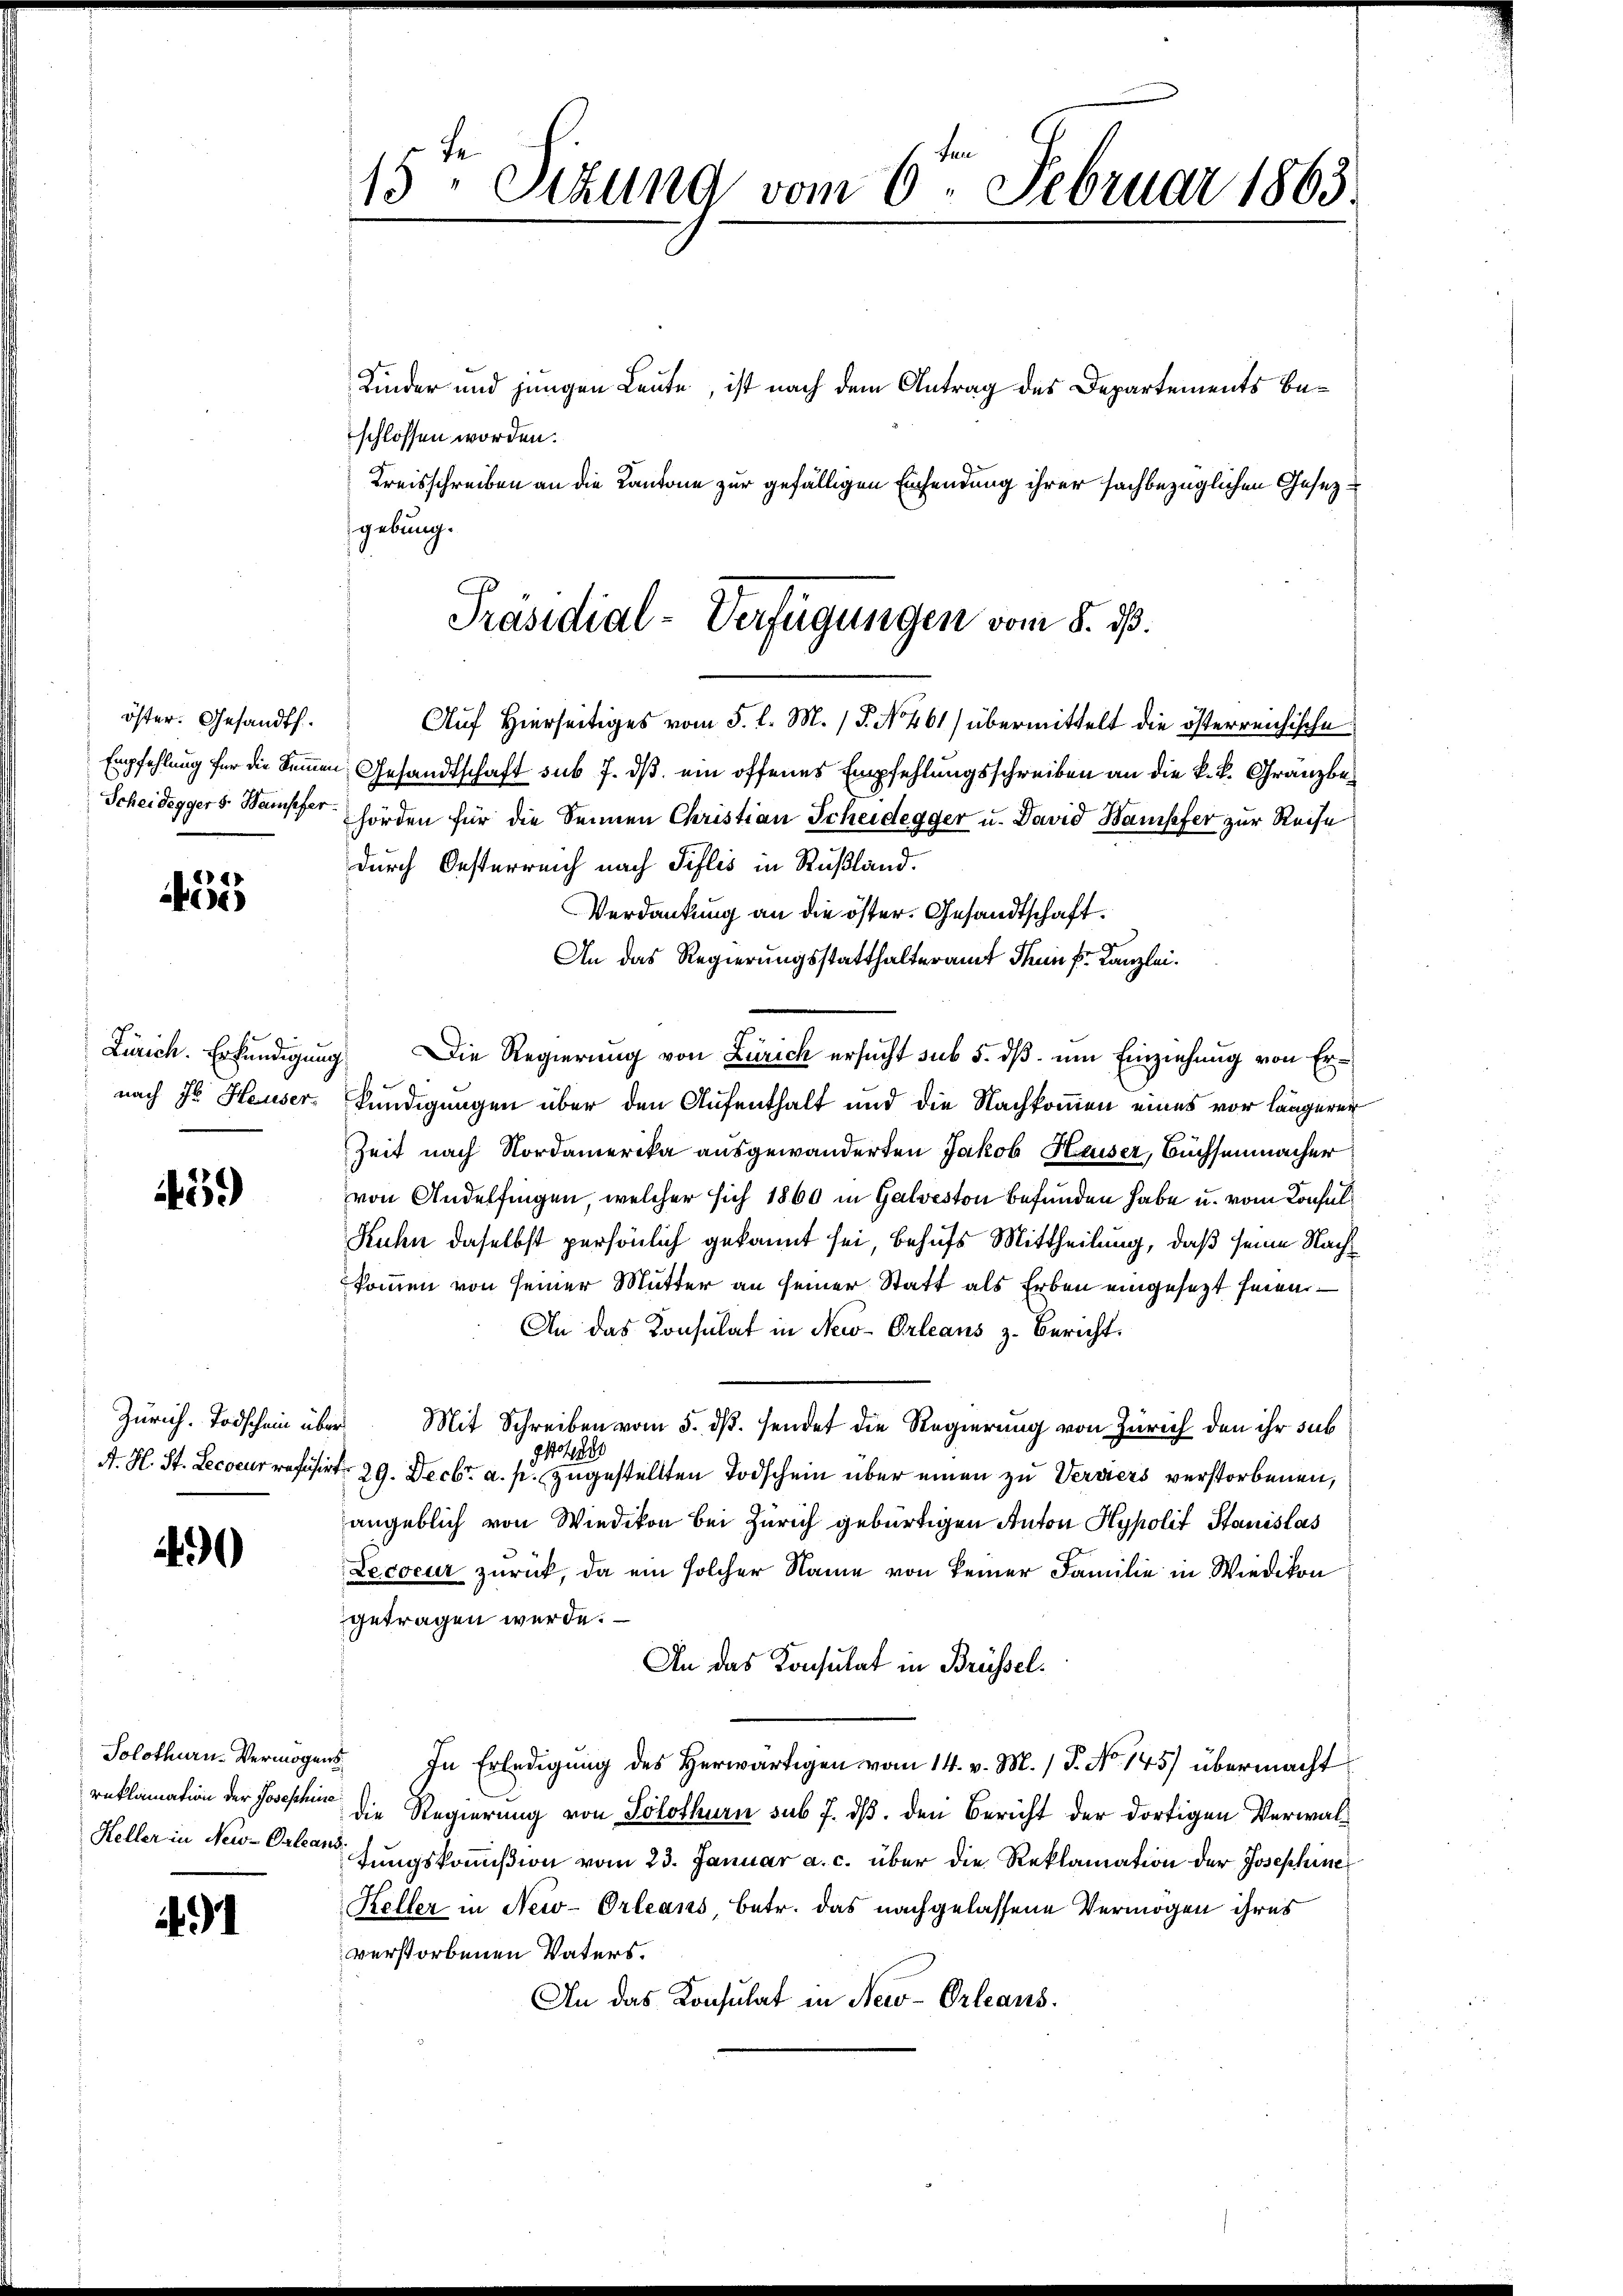
öster. Gesandt.

455

Zürich. Erkundigung
nach J. Hauser.

439)

Zürich. Todschein über

490

Solothurn. Vermögen
reklamation der Josephin
Keller in New-Orlean

91

15ten Sizung vom 6ten Februar 1863.

Kinder und jungen Leute, ist nach dem Antrag des Departements beschlossen worden.
Kreisschreiben an die Kantone zur gefälligen Einsendung ihrer sachbezüglichen Gesezgebung.
Auf Hierseitiges vom 5. l. M. P. No 461) übermittelt die österreichische
Empfehlung für die Sammen Gesandtschaft sub 7. dβ ein offenes Empfehlungsschreiben an die k.k. Gränz(...)¬
Scheideggers Waiser hörden für die Sennen Christian Scheidegger u. David Bampfer zur Reise
durch Oesterreich nach Tislis in Rußland.
Verdankung an die öster. Gesandtschaft.
An das Regierungsstatthalteramt Thun k. Kanzlei.
ig. Die Regierung von Zürich ersucht sub 5. dß um Einziehung von Erkündigungen über den Aufenthalt und die Nachkommen eines vor längerer
Zeit nach Nordamerika ausgewanderten Jakob Haiser, Büchsenmacher
von Andelfingen, welcher sich 1860 in Galveston befunden habe u. vom Konsul¬
Kuhn daselbst persönlich gekannt sei, behufs Mittheilung, daß seine Nachkommen von seiner Mutter an seiner Statt als Erben eingesezt seiner
An das Konsulat in New-Orleans z. Bericht.
Mit Schreiben vom 5. dß. sendet die Regierung von Zürich den ihr sub
8
A. H. St. Lecoeur refüsirt 29. Decbr. a. p. zugestellten Todschein über einen zu Verviers verstorbenen,
angeblich von Wiedikon bei Zürich gebürtigen Anton Hypolit Stanislas
Lecoeur zurück, da ein solcher Name von keiner Familie in Wiedikon
getragen werde.
An das Konsulat in Brüssel¬
 In Erledigung des Herwärtigen vom 14. v. M. (T. No 145) übermacht
die Regierung von Solothurn sub 7. dß. den Bericht der dortigen Verwaltungskommißion vom 23. Januar a. c. über die Reklamation der Josephine
Keller in New-Orleans, betr. das nachgelassene Vermögen ihres
verstorbenen Vaters.
An das Konsulat in New-Orleans.

Präsidial-Verfügungen vom 8. 10.